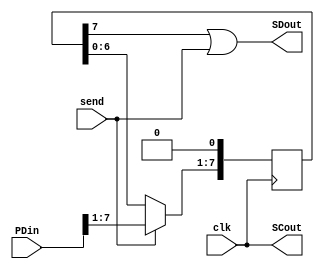
module Stransmitter(input wire clk,send,
					input wire [7:0] PDin,
					output wire SDout,SCout);

reg[7:0] SR;

always @(posedge clk)
	begin
		if(send == 1'b1)
			SR[7:0]<=PDin[7:0];
			
		else
			SR[7:1] <= SR[6:0];
			SR[0] <= 1'b0;
	end
	
assign SDout = (SR[7]|send);
assign SCout = clk;
					
endmodule